Vaccine operations Central Provinces 1868-1885 - 1868-1885
Year: 1868
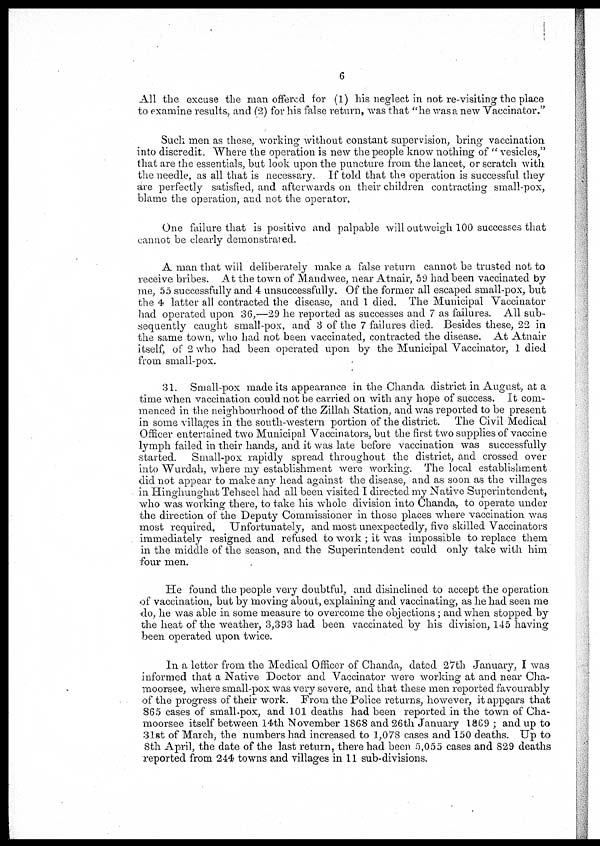
6
All the excuse the man offered for (1) his neglect in not re-visiting the place
to examine results, and (2) for his false return, was that "he was a new Vaccinator."
Such men as these, working without constant supervision, bring vaccination
into discredit. Where the operation is new the people know nothing of " vesicles,"
that are the essentials, but look upon the puncture from the lancet, or scratch with
the needle, as all that is necessary. If told that the operation is successful they
are perfectly satisfied, and afterwards on their children contracting small-pox,
blame the operation, and not the operator,
One failure that is positive and palpable will outweigh 100 successes that
cannot be clearly demonstrated.
A man that will deliberately make a false return cannot be trusted not to
receive bribes. At the town of Mandwee, near Atnair, 59 had been vaccinated by
me, 55 successfully and 4 unsuccessfully. Of the former all escaped small-pox, but
the 4 latter all contracted the disease, and 1 died. The Municipal Vaccinator
had operated upon 36,—29 he reported as successes and 7 as failures. All sub-
sequently caught small-pox, and 3 of the 7 failures died. Besides these, 22 in
the same town, who had not been vaccinated, contracted the disease. At Atnair
itself, of 2 who had been operated upon by the Municipal Vaccinator, 1 died
from small-pox.
31. Small-pox made its appearance in the Chanda district in August, at a
time when vaccination could not be carried on with any hope of success. It com-
menced in the neighbourhood of the Zillah Station, and was reported to be present
in some villages in the south-western portion of the district. The Civil Medical
Officer entertained two Municipal Vaccinators, but the first two supplies of vaccine
lymph failed in their hands, and it was late before vaccination was successfully
started. Small-pox rapidly spread throughout the district, and crossed over
into Wurdah, where my establishment were working. The local establishment
did not appear to make any head against the disease, and as soon as the villages
in Hinghunghat Tehseel had all been visited I directed my Native Superintendent,
who was working there, to take his whole division into Chanda, to operate under
the direction of the Deputy Commissioner in those places where vaccination was
most required. Unfortunately, and most unexpectedly, five skilled Vaccinators
immediately resigned and refused to work; it was impossible to replace them
in the middle of the season, and the Superintendent could only take with him
four men.
He found the people very doubtful, and disinclined to accept the operation
of vaccination, but by moving about, explaining and vaccinating, as he had seen me
do, he was able in some measure to overcome the objections; and when stopped by
the heat of the weather, 3,393 had been vaccinated by his division, 145 having
been operated upon twice.
In a letter from the Medical Officer of Chanda, dated 27th January, I was
informed that a Native Doctor and Vaccinator were working at and near Cha-
moorsee, where small-pox was very severe, and that these men reported favourably
of the progress of their work. From the Police returns, however, it appears that
860 cases of small-pox, and 101 deaths had been reported in the town of Cha-
moorsee itself between 14th November 1868 and 26th January 1869 ; and up to
31st of March, the numbers had increased to 1,078 cases and 150 deaths. Up to
8th April, the date of the last return, there had been 5,055 cases and 829 deaths
reported from 244 towns and villages in 11 sub-divisions.